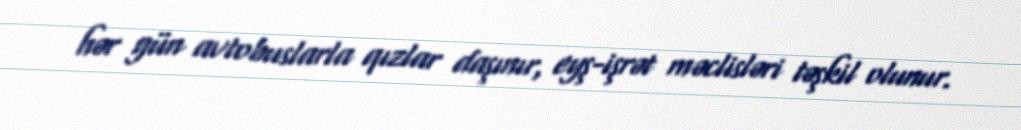
hər gün avtobuslarla qızlar daşınır, eyş-işrət məclisləri təşkil olunur.